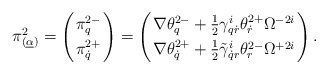
\begin{align*}\pi^2_{(\underline\alpha)}=\left(\pi^{2-}_q\atop\pi^{2+}_{\dot q}\right)=\left(\nabla\theta^{2-}_q+\frac12\gamma^i_{q\dot r}\theta^{2+}_{\dot r}\Omega^{-2i}\atop \nabla\theta^{2+}_{\dot q}+\frac12\tilde\gamma^i_{\dot qr}\theta^{2-}_r\Omega^{+2i}\right).\end{align*}